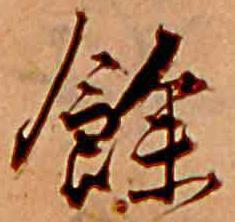
余